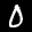
Label: 0